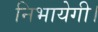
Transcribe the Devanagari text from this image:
निभायेगी।